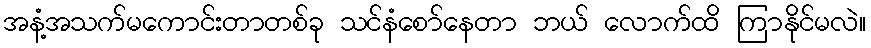
အနံ့အသက်မကောင်းတာတစ်ခု သင်နံစော်နေတာ ဘယ် လောက်ထိ ကြာနိုင်မလဲ။